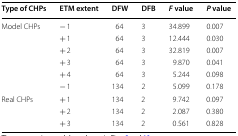
<table><thead><tr><td><b>Type of CHPs</b></td><td><b>ETM extent</b></td><td><b>DFW</b></td><td><b>DFB</b></td><td><b><i>F</i> value</b></td><td><b><i>P</i> value</b></td></tr></thead><tbody><tr><td rowspan="6">Model CHPs</td><td>− 1</td><td>64</td><td>3</td><td>34.899</td><td>0.007</td></tr><tr><td>+ 1</td><td>64</td><td>3</td><td>12.444</td><td>0.030</td></tr><tr><td>+ 2</td><td>64</td><td>3</td><td>32.819</td><td>0.007</td></tr><tr><td>+ 3</td><td>64</td><td>3</td><td>9.870</td><td>0.041</td></tr><tr><td>+ 4</td><td>64</td><td>3</td><td>5.244</td><td>0.098</td></tr><tr><td>− 1</td><td>134</td><td>2</td><td>5.099</td><td>0.178</td></tr><tr><td rowspan="3">Real CHPs</td><td>+ 1</td><td>134</td><td>2</td><td>9.742</td><td>0.097</td></tr><tr><td>+ 2</td><td>134</td><td>2</td><td>2.087</td><td>0.380</td></tr><tr><td>+ 3</td><td>134</td><td>2</td><td>0.561</td><td>0.828</td></tr></tbody></table>